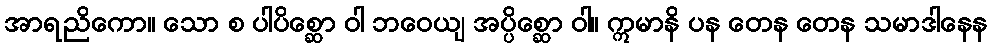
အာရညိကော။ သော စ ပါပိစ္ဆော ဝါ ဘဝေယျ အပ္ပိစ္ဆော ဝါ။ ဣမာနိ ပန တေန တေန သမာဒါနေန